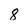
Character: 8